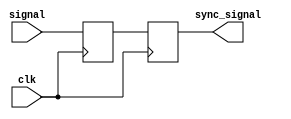
module synchroniser #(
    parameter width=1,
    parameter depth=2,
    parameter init_high=0
    )
    (
    input clk,
    input [width-1:0] signal,
    output [width-1:0] sync_signal
    );

    reg [width-1:0] sync[depth-1:0];

    assign sync_signal=sync[depth-1];

    integer i;
    initial
    begin
        for(i=0; i<depth; i=i+1)
            sync[i]=(init_high)?{width{1'b1}}:'d0;
    end

    always @(posedge clk)
    begin
        sync[0] <= signal;
        for(i=1; i<depth; i=i+1)
            sync[i] <= sync[i-1];
    end

endmodule